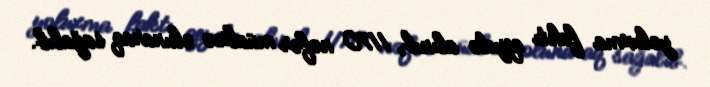
yoluxma faktı qeydə alınıb, 1170 nəfər müalicə olunaraq sağalıb.